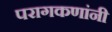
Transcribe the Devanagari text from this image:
परागकणांनी